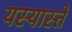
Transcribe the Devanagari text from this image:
यस्यास्ते